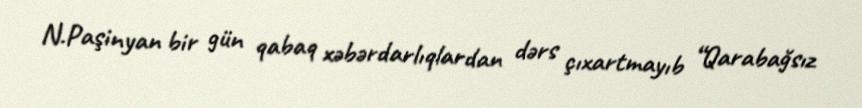
N.Paşinyan bir gün qabaq xəbərdarlıqlardan dərs çıxartmayıb “Qarabağsız